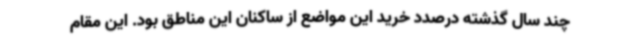
چند سال گذشته درصدد خرید این مواضع از ساکنان این مناطق بود. این مقام